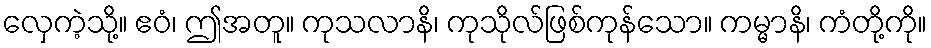
လှေကဲ့သို့။ ဧဝံ၊ ဤအတူ။ ကုသလာနိ၊ ကုသိုလ်ဖြစ်ကုန်သော။ ကမ္မာနိ၊ ကံတို့ကို။